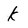
Character: k